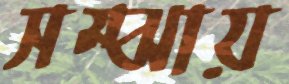
সম্‌ঝায়